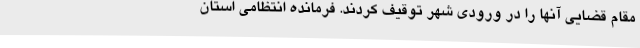
مقام قضایی آنها را در ورودی شهر توقیف کردند. فرمانده انتظامی استان